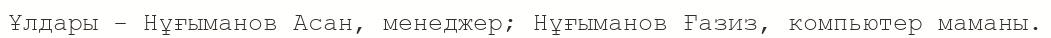
Ұлдары - Нұғыманов Асан, менеджер; Нұғыманов Ғазиз, компьютер маманы.